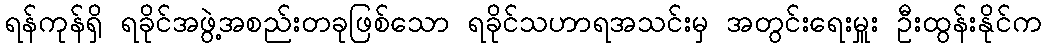
ရန်ကုန်ရှိ ရခိုင်အဖွဲ့အစည်းတခုဖြစ်သော ရခိုင်သဟာရအသင်းမှ အတွင်းရေးမှူး ဦးထွန်းနိုင်က